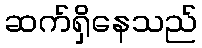
ဆက်ရှိနေသည်